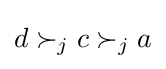
d\succ _{j}c\succ _{j}a